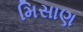
મિસાણ